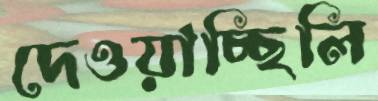
দেওয়াচ্ছিলি